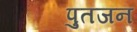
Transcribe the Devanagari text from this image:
पुतजन